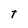
Character: T